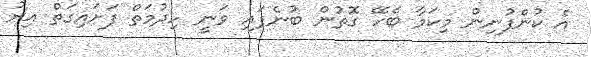
އެ ކުންފުނިން މިކަމާ ބެހޭ ގޮތުން ބުނެފައި ވަނީ ހިދުމަތް ފަށައިގަތް އިރު